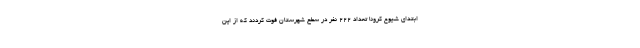
ابتدای شیوع کرونا تعداد ۲۲۲ نفر در سطح شهرستان فوت کردند که از این